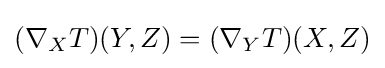
(\nabla _{X}T)(Y,Z)=(\nabla _{Y}T)(X,Z)